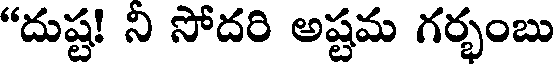
"దుష్ట! ని సోదరి అష్టమ గర్భంబు